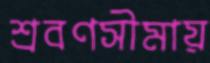
শ্রবণসীমায়